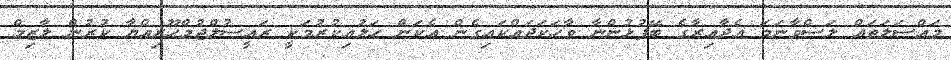
މައްސަލަތައް ލަސްވާނަމަ އެދާއިރާގެ ބޭފުޅުންނާ ވާހަކަދައްކައިގެން އެކަން ހަލުއިކުރުމަކީ ރައީސުލްޖުމްހޫރިއްޔާ ކުރުން ލާޒިމް